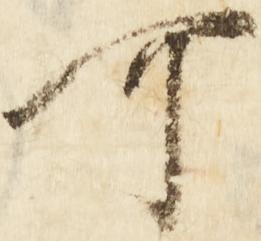
可